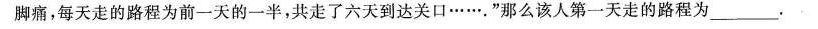
脚痛，每天走的路程为前一天的一半，共走了六天到达关口……。”那么该人第一天走的路程为___.